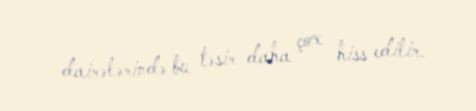
dairələrində bu təsir daha çox hiss edilir.